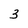
Character: 3